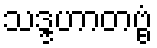
သဒ္ဒဟာတဗ္ဗံ